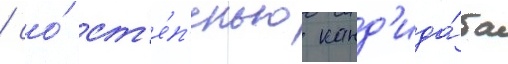
/ со́ ст'е́п'енью канд'ида́та